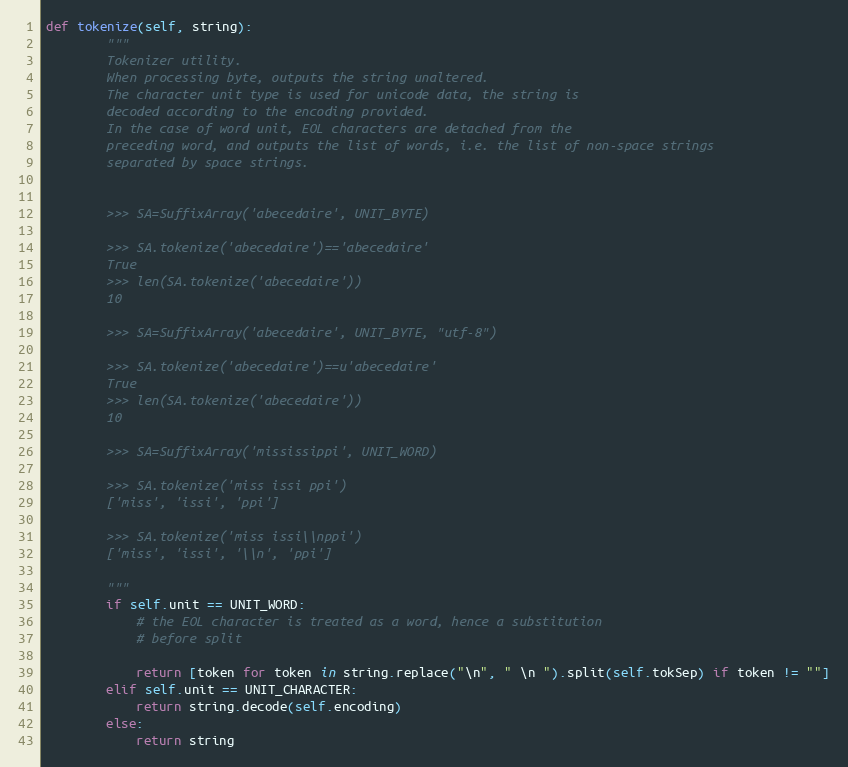
Language: Python
def tokenize(self, string):
        """
        Tokenizer utility.
        When processing byte, outputs the string unaltered.
        The character unit type is used for unicode data, the string is
        decoded according to the encoding provided.
        In the case of word unit, EOL characters are detached from the
        preceding word, and outputs the list of words, i.e. the list of non-space strings
        separated by space strings.

        >>> SA=SuffixArray('abecedaire', UNIT_BYTE)

        >>> SA.tokenize('abecedaire')=='abecedaire'
        True
        >>> len(SA.tokenize('abecedaire'))
        10

        >>> SA=SuffixArray('abecedaire', UNIT_BYTE, "utf-8")

        >>> SA.tokenize('abecedaire')==u'abecedaire'
        True
        >>> len(SA.tokenize('abecedaire'))
        10

        >>> SA=SuffixArray('mississippi', UNIT_WORD)

        >>> SA.tokenize('miss issi ppi')
        ['miss', 'issi', 'ppi']

        >>> SA.tokenize('miss issi\\nppi')
        ['miss', 'issi', '\\n', 'ppi']

        """
        if self.unit == UNIT_WORD:
            # the EOL character is treated as a word, hence a substitution
            # before split

            return [token for token in string.replace("\n", " \n ").split(self.tokSep) if token != ""]
        elif self.unit == UNIT_CHARACTER:
            return string.decode(self.encoding)
        else:
            return string